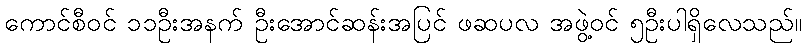
ကောင်စီဝင် ၁၁ဦးအနက် ဦးအောင်ဆန်းအပြင် ဖဆပလ အဖွဲ့ဝင် ၅ဦးပါရှိလေသည်။